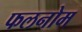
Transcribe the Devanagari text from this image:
फलनोम